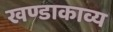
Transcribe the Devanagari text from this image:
खण्डाकाव्य